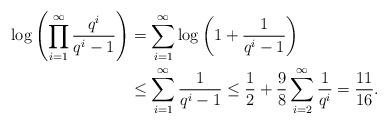
LaTeX: \begin{align*} \log\left( \prod_{i=1}^\infty \frac{q^i}{q^i-1} \right) &= \sum_{i=1}^\infty \log\left( 1 + \frac{1}{q^i-1} \right)\\ &\leq \sum_{i=1}^\infty \frac{1}{q^i-1} \leq \frac{1}{2} + \frac{9}{8} \sum_{i=2}^\infty \frac{1}{q^i} = \frac{11}{16}. \end{align*}